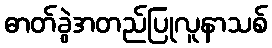
ဓာတ်ခွဲအတည်ပြုလူနာသစ်